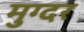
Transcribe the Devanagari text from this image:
मुग्दर